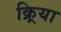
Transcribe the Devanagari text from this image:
क्र्रिया